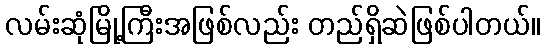
လမ်းဆုံမြို့ကြီးအဖြစ်လည်း တည်ရှိဆဲဖြစ်ပါတယ်။